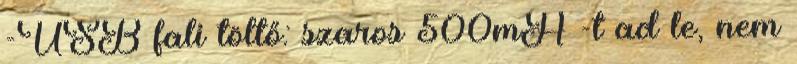
-USB fali töltő: szaros 500mA -t ad le, nem